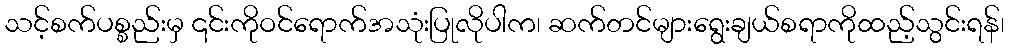
သင့်စက်ပစ္စည်းမှ ၎င်းကိုဝင်ရောက်အသုံးပြုလိုပါက၊ ဆက်တင်များရွေးချယ်စရာကိုထည့်သွင်းရန်၊